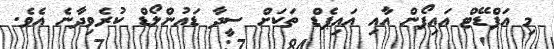
މި އަޕްޑޭޓް އައިފޯން އާއި އައިޕެޑް ތަކަށް ސީދާ ޑައުންލޯޑް ކުރެވިދާނެ އެވެ.